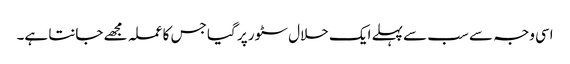
اسی وجہ سے سب سے پہلے ایک حلال سٹور پر گیا جس کا عملہ مجھے جانتا ہے۔